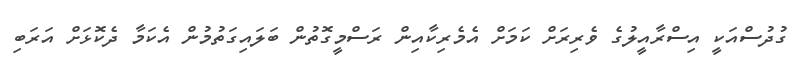
ގުދުސްއަކީ އިސްރާއީލުގެ ވެރިރަށް ކަމަށް އެމެރިކާއިން ރަސްމީގޮތުން ބަލައިގަތުމުން އެކަމާ ދެކޮޅަށް އަރަބި